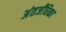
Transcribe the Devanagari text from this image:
अंतर्जंघिका